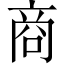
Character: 商